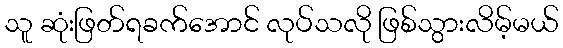
သူ ဆုံးဖြတ်ရခက်အောင် လုပ်သလို ဖြစ်သွားလိမ့်မယ်